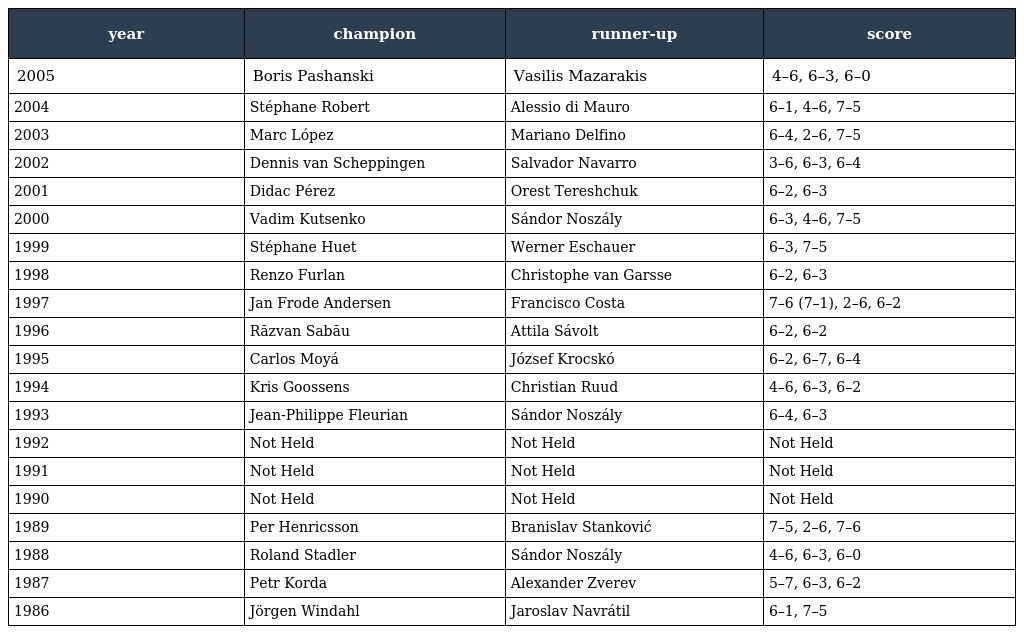
| year | champion | runner-up | score |
 | --- | --- | --- | --- |
 | 2005 | Boris Pashanski | Vasilis Mazarakis | 4–6, 6–3, 6–0 |
 | 2004 | Stéphane Robert | Alessio di Mauro | 6–1, 4–6, 7–5 |
 | 2003 | Marc López | Mariano Delfino | 6–4, 2–6, 7–5 |
 | 2002 | Dennis van Scheppingen | Salvador Navarro | 3–6, 6–3, 6–4 |
 | 2001 | Didac Pérez | Orest Tereshchuk | 6–2, 6–3 |
 | 2000 | Vadim Kutsenko | Sándor Noszály | 6–3, 4–6, 7–5 |
 | 1999 | Stéphane Huet | Werner Eschauer | 6–3, 7–5 |
 | 1998 | Renzo Furlan | Christophe van Garsse | 6–2, 6–3 |
 | 1997 | Jan Frode Andersen | Francisco Costa | 7–6 (7–1), 2–6, 6–2 |
 | 1996 | Răzvan Sabău | Attila Sávolt | 6–2, 6–2 |
 | 1995 | Carlos Moyá | József Krocskó | 6–2, 6–7, 6–4 |
 | 1994 | Kris Goossens | Christian Ruud | 4–6, 6–3, 6–2 |
 | 1993 | Jean-Philippe Fleurian | Sándor Noszály | 6–4, 6–3 |
 | 1992 | Not Held | Not Held | Not Held |
 | 1991 | Not Held | Not Held | Not Held |
 | 1990 | Not Held | Not Held | Not Held |
 | 1989 | Per Henricsson | Branislav Stanković | 7–5, 2–6, 7–6 |
 | 1988 | Roland Stadler | Sándor Noszály | 4–6, 6–3, 6–0 |
 | 1987 | Petr Korda | Alexander Zverev | 5–7, 6–3, 6–2 |
 | 1986 | Jörgen Windahl | Jaroslav Navrátil | 6–1, 7–5 |